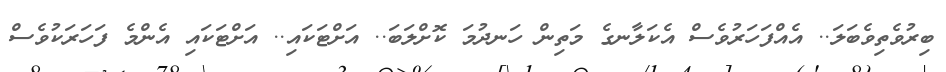
ބިރުވެތިވެބަލަ.. އެއްފަހަރުވެސް އެކަލާނގެ މަތިން ހަނދުމަ ކޮށްލަބަ.. އަށްޓަކައި.. އަށްޓަކައި އެންމެ ފަހަރަކުވެސް